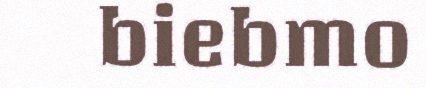
biebmo